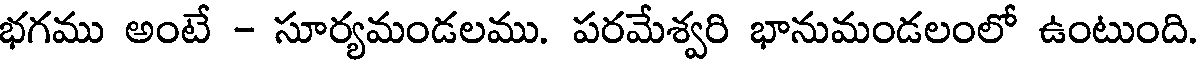
భగము అంటే - సూర్యమండలము. పరమేశ్వరి భానుమండలంలో ఉంటుంది